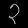
Digit: ၃